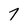
Character: 7